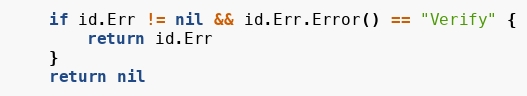
Language: Go
	if id.Err != nil && id.Err.Error() == "Verify" {
		return id.Err
	}
	return nil